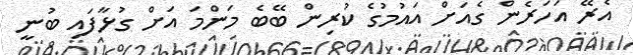
އެރޭ އަހަރެން ގެއަށް އައުމުގެ ކުރިން ބޭބެ މަންމަ އަށް ގުޅާފައި ބުނީ